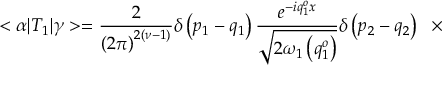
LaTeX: < \alpha | T _ { 1 } | \gamma > = \frac { 2 } { \left( 2 \pi \right) ^ { 2 \left( \nu - 1 \right) } } \delta \left( p _ { 1 } - q _ { 1 } \right) \frac { e ^ { - i q _ { 1 } ^ { o } x } } { \sqrt { 2 { \omega } _ { 1 } \left( q _ { 1 } ^ { o } \right) } } \delta \left( p _ { 2 } - q _ { 2 } \right) \; \; \times